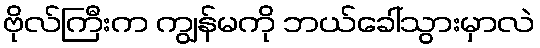
ဗိုလ်ကြီးက ကျွန်မကို ဘယ်ခေါ်သွားမှာလဲ